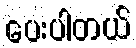
ပေးပါတယ်